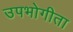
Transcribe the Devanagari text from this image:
उपभोगीता